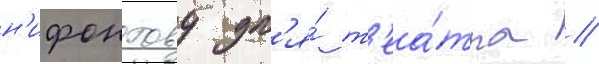
н'ифонтову дл'я́ т'еа́тра //